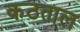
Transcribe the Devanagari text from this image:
कठताल